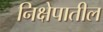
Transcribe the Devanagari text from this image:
निक्षेपातील